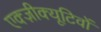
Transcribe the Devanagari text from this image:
एक्ज़ीक्यूटिवों